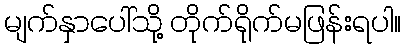
မျက်နှာပေါ်သို့ တိုက်ရိုက်မဖြန်းရပါ။